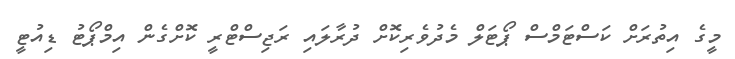
މީގެ އިތުރަށް ކަސްޓަމްސް ޕޯޓަލް މެދުވެރިކޮށް ދުރާލައި ރަޖިސްޓްރީ ކޮށްގެން އިމްޕޯޓު ޑިއުޓީ